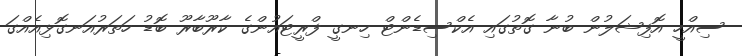
ސިއްހީ އޮފިޝަލުން ބުނާ ގޮތުގައި އެކްސިޑެންޓް ހިނގީ ފްރީޓައުންގެ ކާރޫބާރޫ ބޮޑު ހަތަރުއަނގޮޅިއެއްގަ